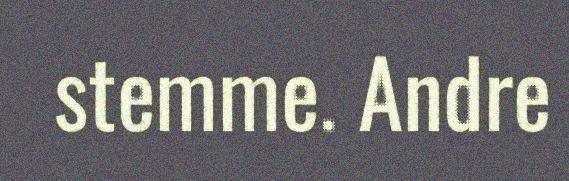
stemme. Andre